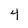
Character: 4